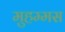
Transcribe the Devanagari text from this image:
मुहम्मस